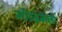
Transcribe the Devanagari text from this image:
मोंटेजे़मेलो